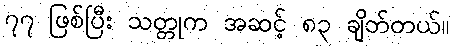
၇၇ ဖြစ်ပြီး သတ္တုက အဆင့် ၈၃ ချိတ်တယ်။